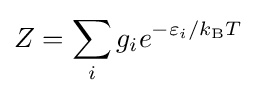
Z=\sum _{i}g_{i}e^{-\varepsilon _{i}/k_{\text{B}}T}